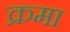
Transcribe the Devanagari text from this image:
क्रमा